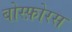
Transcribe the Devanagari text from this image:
बोस्फ़ोरस